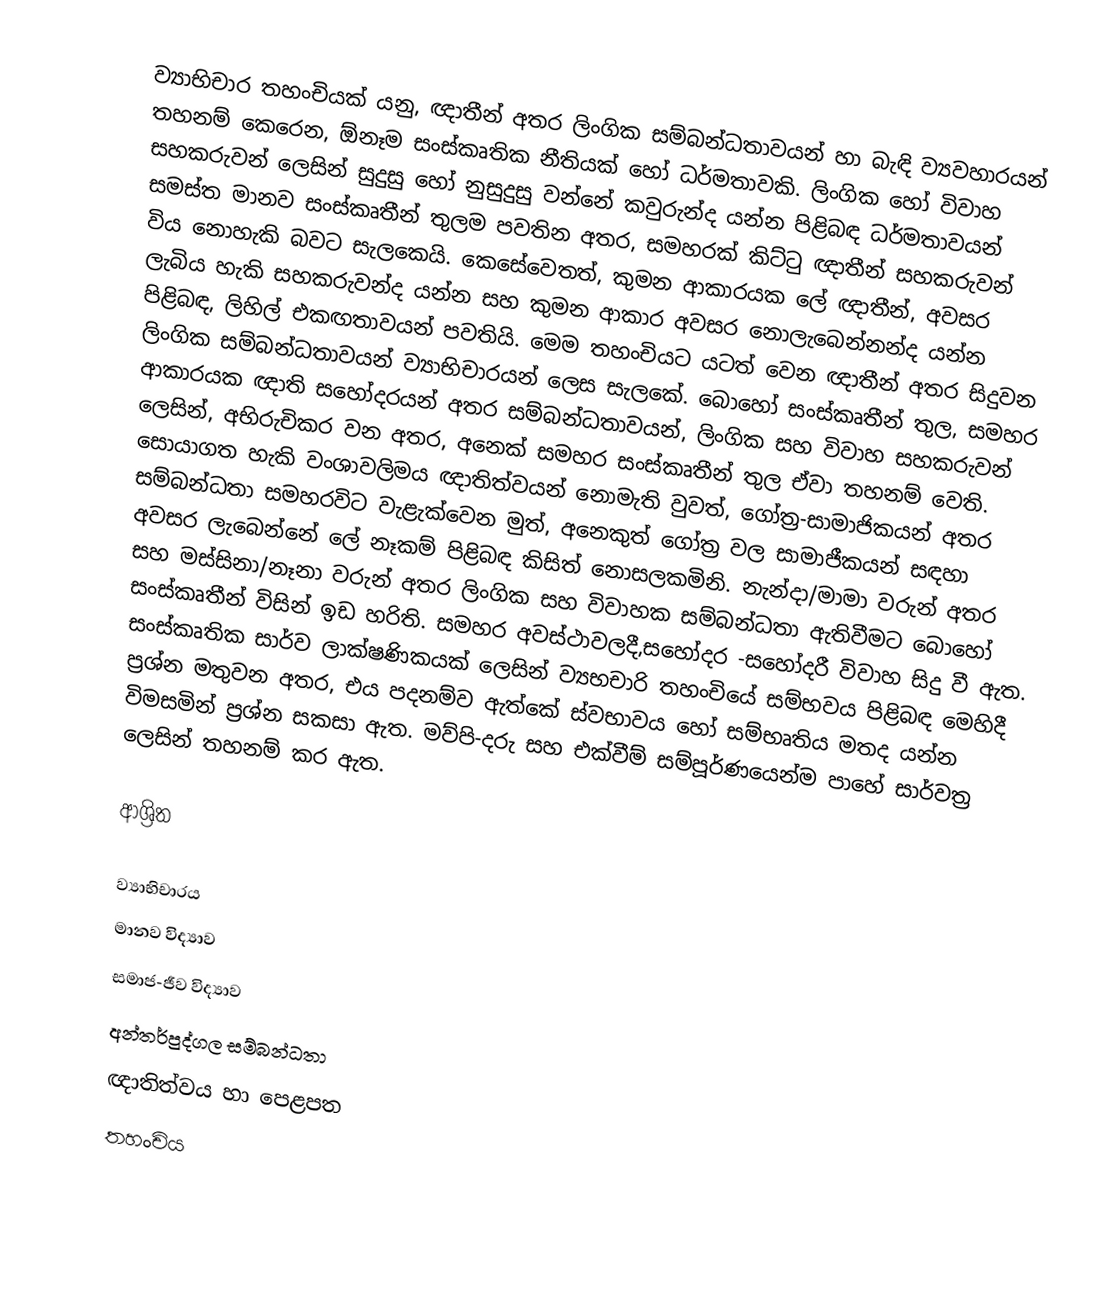
ව්‍යාභිචාර තහංචියක් යනු,  ඥාතීන් අතර ලිංගික සම්බන්ධතාවයන් හා බැඳි ව්‍යවහාරයන් තහනම් කෙරෙන,  ඕනෑම සංස්කෘතික නීතියක් හෝ  ධර්මතාවකි. ලිංගික හෝ විවාහ සහකරුවන් ලෙසින් සුදුසු හෝ නුසුදුසු වන්නේ කවුරුන්ද යන්න පිළිබඳ   ධර්මතාවයන් සමස්ත මානව සංස්කෘතීන් තුලම පවතින අතර, සමහරක් කිට්ටු ඥාතීන් සහකරුවන් විය නොහැකි බවට සැලකෙයි. කෙසේවෙතත්, කුමන ආකාරයක ලේ ඥාතීන්, අවසර ලැබිය හැකි සහකරුවන්ද යන්න සහ කුමන ආකාර අවසර නොලැබෙන්නන්ද යන්න පිළිබඳ, ලිහිල් එකඟතාවයන් පවතියි. මෙම තහංචියට යටත් වෙන ඥාතීන් අතර සිදුවන ලිංගික සම්බන්ධතාවයන් ව්‍යාභිචාරයන් ලෙස සැලකේ. බොහෝ සංස්කෘතීන් තුල,  සමහර ආකාරයක ඥාති සහෝදරයන් අතර සම්බන්ධතාවයන්, ලිංගික සහ විවාහ සහකරුවන් ලෙසින්, අභිරුචිකර වන අතර, අනෙක් සමහර සංස්කෘතීන් තුල ඒවා තහනම් වෙති. සොයාගත හැකි  වංශාවලිමය ඥාතිත්වයන් නොමැති වුවත්,  ගෝත්‍ර-සාමාජිකයන් අතර සම්බන්ධතා සමහරවිට වැළැක්වෙන මුත්, අනෙකුත් ගෝත්‍ර වල සාමාජීකයන් සඳහා අවසර ලැබෙන්නේ ලේ නෑකම් පිළිබඳ කිසිත් නොසලකමිනි.  නැන්දා/මාමා වරුන් අතර සහ  මස්සිනා/නෑනා වරුන් අතර ලිංගික සහ විවාහක සම්බන්ධතා ඇතිවීමට බොහෝ සංස්කෘතීන් විසින් ඉඩ හරිති. සමහර අවස්ථාවලදී,සහෝදර -සහෝදරී විවාහ සිදු වී ඇත. සංස්කෘතික සාර්ව ලාක්ෂණිකයක් ලෙසින් ව්‍යභචාරි තහංචියේ සම්භවය පිළිබඳ මෙහිදී ප්‍රශ්න මතුවන අතර, එය පදනම්ව ඇත්කේ ස්වභාවය හෝ සම්භෘතිය මතද යන්න විමසමින් ප්‍රශ්න සකසා ඇත. මව්පි-දරු සහ එක්වීම් සම්පූර්ණයෙන්ම පාහේ සාර්වත්‍ර ලෙසින් තහනම් කර ඇත.

ආශ්‍රිත

ව්‍යාභිචාරය
මානව විද්‍යාව
සමාජ-ජීව විද්‍යාව
අන්තර්පුද්ගල සම්බන්ධතා
ඥාතිත්වය හා පෙළපත
තහංචිය